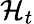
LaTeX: \mathcal{H}_{t}